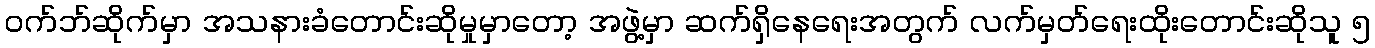
ဝက်ဘ်ဆိုက်မှာ အသနားခံတောင်းဆိုမှုမှာတော့ အဖွဲ့မှာ ဆက်ရှိနေရေးအတွက် လက်မှတ်ရေးထိုးတောင်းဆိုသူ ၅